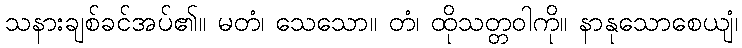
သနားချစ်ခင်အပ်၏။ မတံ၊ သေသော။ တံ၊ ထိုသတ္တဝါကို။ နာနုသောစေယျံ၊